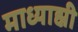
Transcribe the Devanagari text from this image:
माध्याह्नी